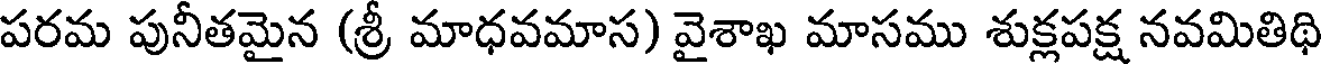
పరమ పునీతమైన (శ్రీ మాధవమాస) వైశాఖ మాసము శుక్లపక్ష నవమితిథి